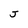
Character: J